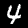
Label: 4